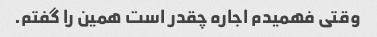
وقتی فهمیدم اجاره چقدر است همین را گفتم.